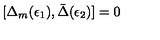
[ \Delta _ { m } ( \epsilon _ { 1 } ) , \bar { \Delta } ( \epsilon _ { 2 } ) ] = 0